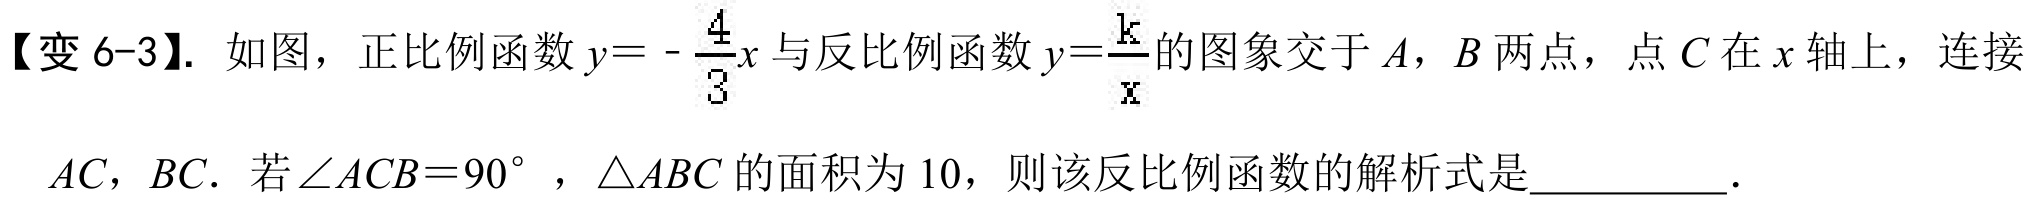
【变6-3】. 如图，正比例函数\(y = -\frac{4}{3}x\)与反比例函数\(y = \frac{k}{x}\)的图象交于\(A\)，\(B\)两点，点\(C\)在\(x\)轴上，连接\(AC\)，\(BC\). 若\(\angle ACB = 90^{\circ}\)，\(\triangle ABC\)的面积为\(10\)，则该反比例函数的解析式是  ．